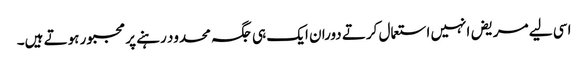
اسی لیے مریض انہیں استعمال کرتے دوران ایک ہی جگہ محدود رہنے پر مجبور ہوتے ہیں۔